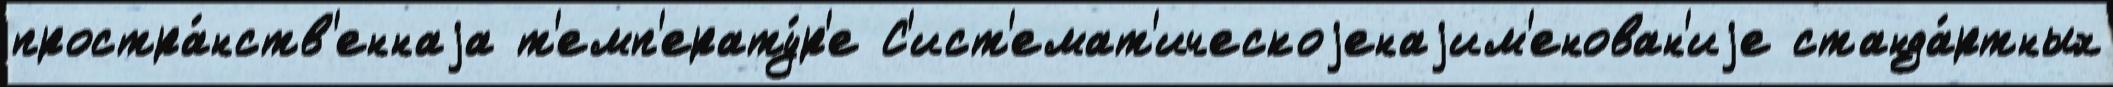
простра́нств'еннаjа т'емп'ерату́р'е С'ист'емат'ическоjенаjим'енован'иjе станда́ртных